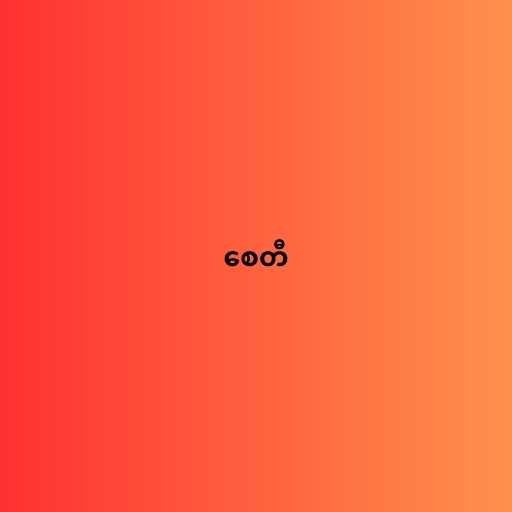
စေတီ